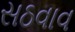
સઠવાવ